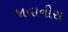
જાવાનીસ